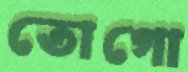
তোগো